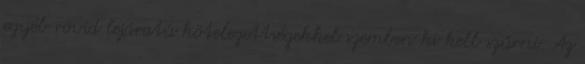
egyéb rövid lejáratú kötelezettségekkel szemben ki kell szűrni. Az